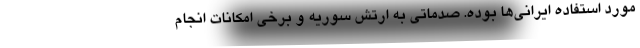
مورد استفاده ایرانی‌ها بوده. صدماتی به ارتش سوریه و برخی امکانات انجام